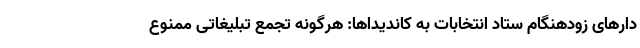
دارهای زودهنگام ستاد انتخابات به کاندیداها: هرگونه تجمع تبلیغاتی ممنوع